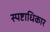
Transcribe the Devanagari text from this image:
स्पष्टाधिकार